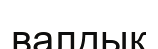
валдық